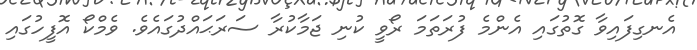
އެނގިފައިވާ ގޮތުގައި އެންމެ ފުރަތަމަ ރޯވީ ކުނި ޖަމާކުރާ ސަރަޙައްދުގައެވެ. ވެމްކޯ އޮފީހުގައި